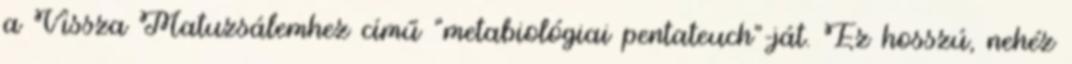
a Vissza Matuzsálemhez című "metabiológiai pentateuch"-ját. Ez hosszú, nehéz